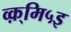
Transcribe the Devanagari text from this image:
व्क़्मि५इ